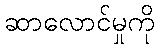
ဆာလောင်မှုကို